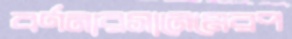
বর্ণনারসানেমেরপ